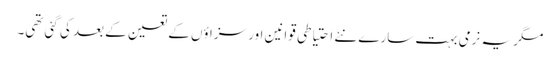
مگر یہ نرمی بہت سارے نئے احتیاطی قوانین اور سزاؤں کے تعین کے بعد کی گئی تھی۔